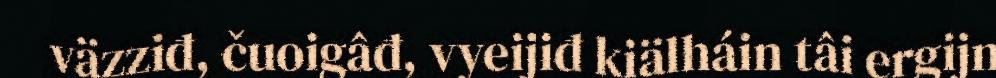
väzziđ, čuoigâđ, vyeijiđ kiälháin tâi ergijn